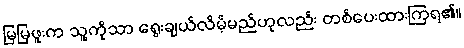
မြမြဖူးက သူ့ကိုသာ ရွေးချယ်လိမ့်မည်ဟုလည်း တစ်ပေးထားကြရ၏။